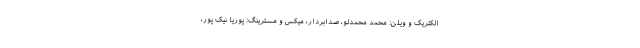
الکتریک و ویلن: محمد محمدلو، صدابردار، میکس و مسترینگ: پوریا نیک پور،